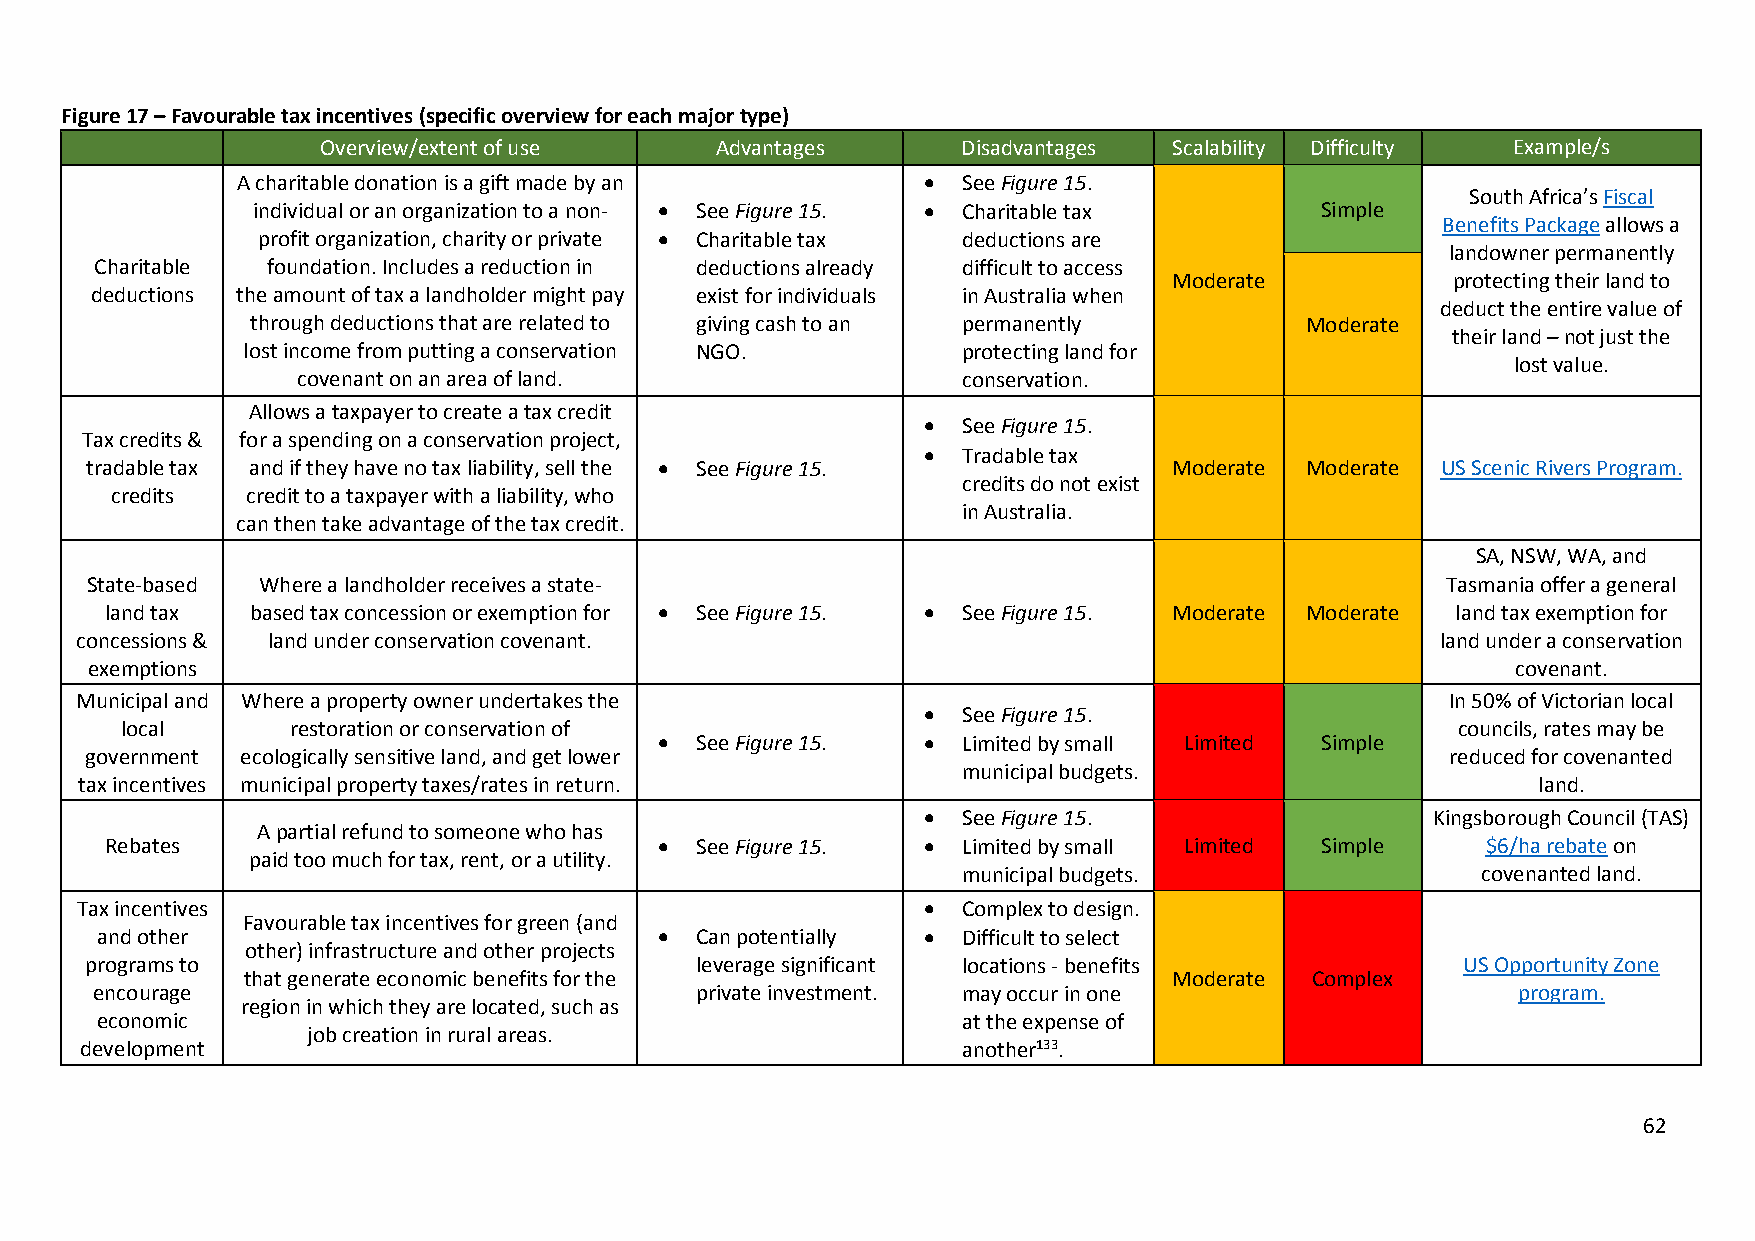
Figure 17 – Favourable tax incentives (specific overview for each major type)
 Overview/extent of use    Advantages       Disadvantages Scalability Difficulty Example/s
 A charitable donation is a gift made by an     See Figure 15.
 South Africa’s Fiscal
 individual or an organization to a non-  See Figure 15.  Charitable tax Simple
 Benefits Package allows a
 profit organization, charity or private  Charitable tax deductions are
 landowner permanently
 Charitable  foundation. Includes a reduction in deductions already difficult to access
 Moderate          protecting their land to
 deductions the amount of tax a landholder might pay exist for individuals in Australia when
 deduct the entire value of
 through deductions that are related to giving cash to an permanently Moderate
 their land – not just the
 lost income from putting a conservation NGO.    protecting land for
 lost value.
 covenant on an area of land.                conservation.
 Allows a taxpayer to create a tax credit
   See Figure 15.
 Tax credits & for a spending on a conservation project,
   Tradable tax
 tradable tax and if they have no tax liability, sell the  See Figure 15. Moderate Moderate US Scenic Rivers Program.
 credits do not exist
 credits  credit to a taxpayer with a liability, who
 in Australia.
 can then take advantage of the tax credit.
 SA, NSW, WA, and
 State-based Where a landholder receives a state-                                          Tasmania offer a general
 land tax  based tax concession or exemption for  See Figure 15.  See Figure 15. Moderate Moderate land tax exemption for
 concessions & land under conservation covenant.                                           land under a conservation
 exemptions                                                                                    covenant.
 Municipal and Where a property owner undertakes the                                        In 50% of Victorian local
   See Figure 15.
 local      restoration or conservation of                                               councils, rates may be
  See Figure 15.   Limited by small Limited Simple
 government ecologically sensitive land, and get lower                                     reduced for covenanted
 municipal budgets.
 tax incentives municipal property taxes/rates in return.                                         land.
   See Figure 15.                 Kingsborough Council (TAS)
 A partial refund to someone who has
 Rebates                               See Figure 15.   Limited by small Limited Simple   $6/ha rebate on
 paid too much for tax, rent, or a utility.
 municipal budgets.                covenanted land.
 Tax incentives                                            Complex to design.
 Favourable tax incentives for green (and
 and other                              Can potentially  Difficult to select
 other) infrastructure and other projects
 programs to                             leverage significant locations - benefits          US Opportunity Zone
 that generate economic benefits for the                       Moderate Complex
 encourage                               private investment. may occur in one                  program.
 region in which they are located, such as
 economic                                                  at the expense of
 job creation in rural areas.
 development                                                another133.
 62